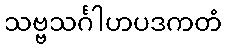
သဗ္ဗသင်္ဂါဟပဒကတံ